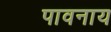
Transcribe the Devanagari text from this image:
पावनाय